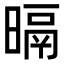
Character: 㬏